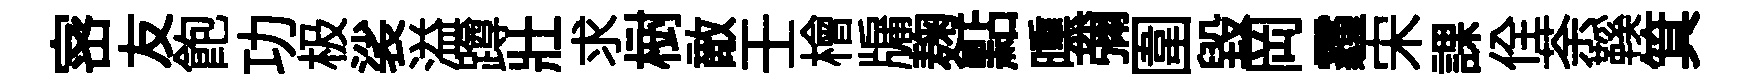
宻友飽功极裟溢蹲壯求𣗳敵壬檜牖麹點曛彌圍毁岡霾宋課佺荼鞵箕